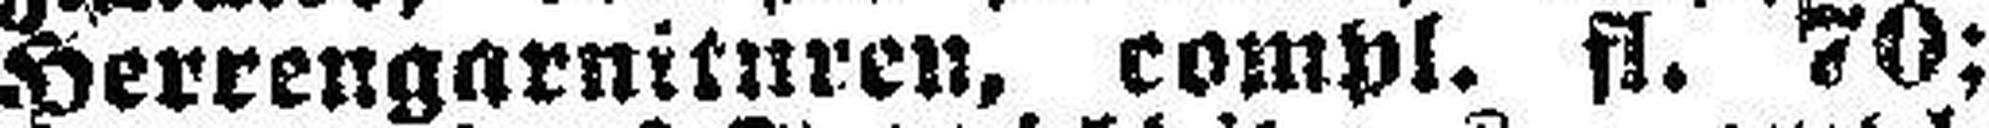
Herrengarnituren, compl. fl. 70;